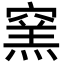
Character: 窯